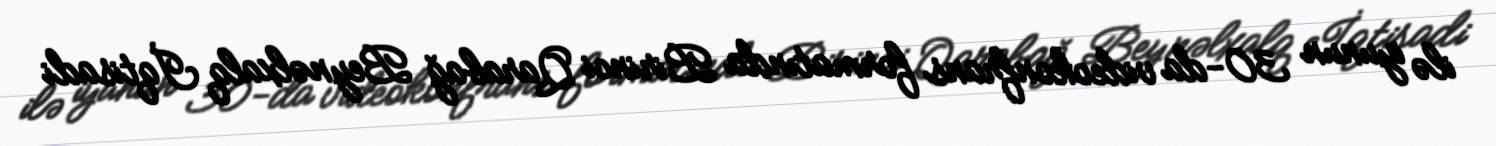
ilə iyunun 30-da videokonfrans formatında Birinci Qarabağ Beynəlxalq İqtisadi